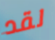
لقد